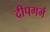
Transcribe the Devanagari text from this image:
दीपगर्भ